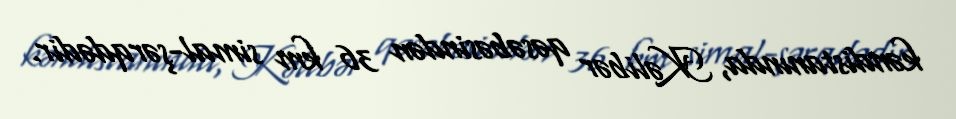
kəndistanında, Kəlibər qəsəbəsindən 36 km simal-şərqdədir.